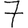
Digit: 7